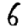
Digit: 6